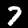
Label: 7